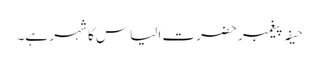
حیفہ پیغمبر حضرت الیاس کا شہر ہے۔